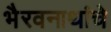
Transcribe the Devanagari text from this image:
भैरवनाथांचे